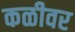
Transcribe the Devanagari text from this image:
कळीवर